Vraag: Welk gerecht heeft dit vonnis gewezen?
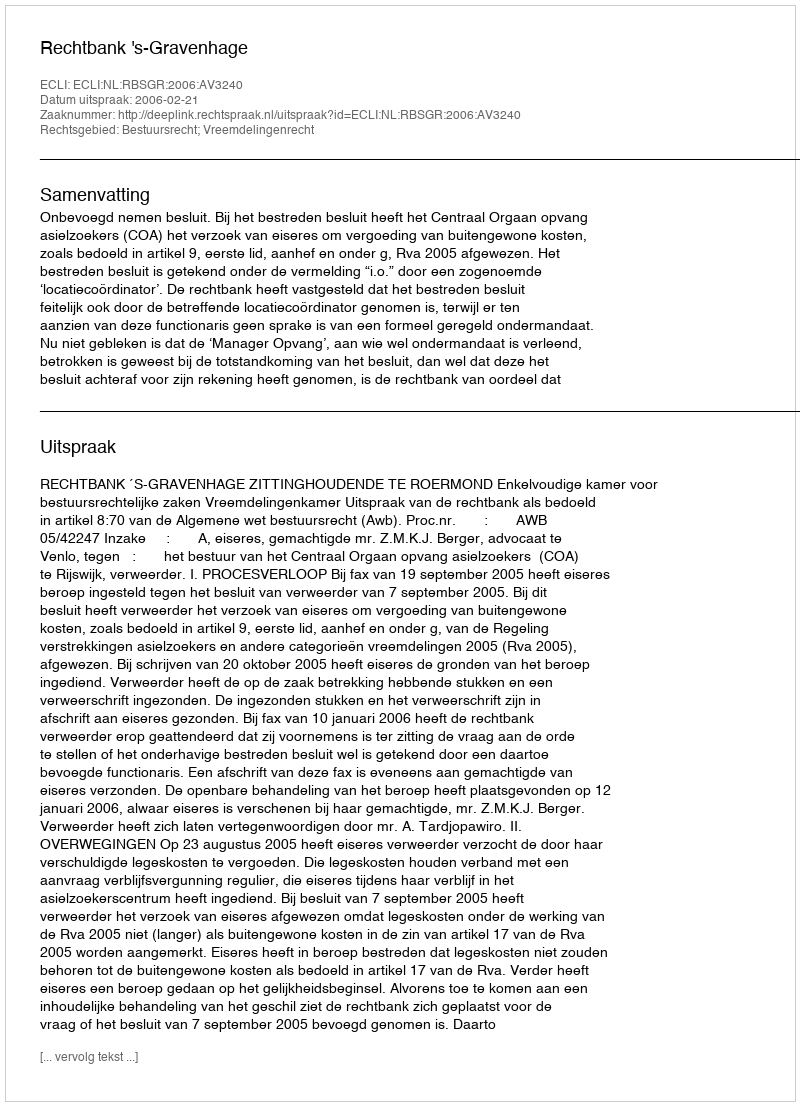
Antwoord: Rechtbank 's-Gravenhage